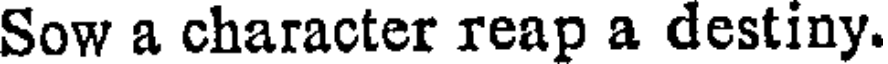
Sow a character reap a destiny.